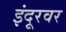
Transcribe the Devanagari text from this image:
इंदूरवर